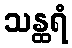
သန္ထရံ